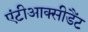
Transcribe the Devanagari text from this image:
एंटीआक्सीडैंट